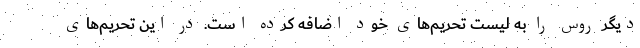
دیگر روس را به لیست تحریم‌های خود اضافه کرده است. در این تحریم‌های